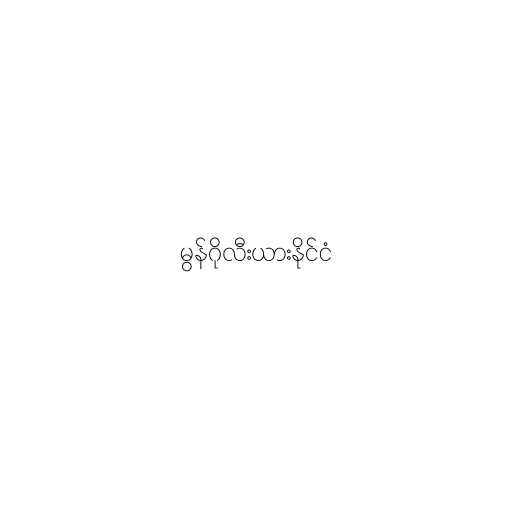
မွန်ဂိုလီးယားနိုင်ငံ